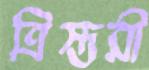
ত্রিস্তরী